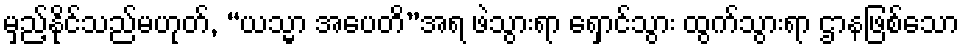
မှည့်နိုင်သည်မဟုတ်, “ယသ္မာ အပေတိ”အရ ဖဲသွားရာ ရှောင်သွား ထွက်သွားရာ ဌာနဖြစ်သော